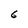
Character: 6